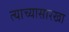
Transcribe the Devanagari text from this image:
त्याच्यासारखा